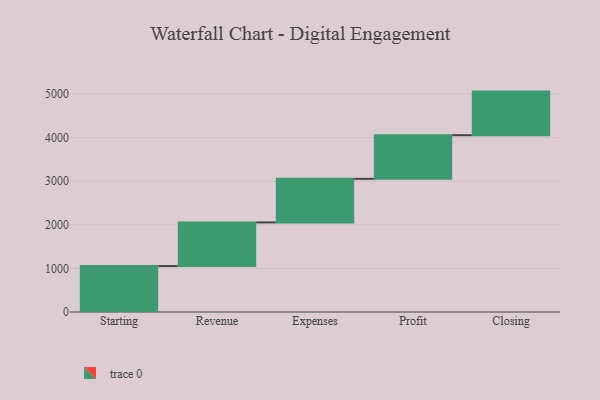
{"axis": {"x": "Step", "y": "Value"}, "legend": [""], "data": [{"x": "Starting", "y": 1054.0, "type": ""}, {"x": "Revenue", "y": 1000, "type": ""}, {"x": "Expenses", "y": 1000, "type": ""}, {"x": "Profit", "y": 1000, "type": ""}, {"x": "Closing", "y": 1000, "type": ""}]}